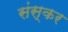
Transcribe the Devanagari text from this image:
संस्कर